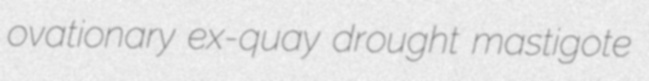
ovationary ex-quay drought mastigote